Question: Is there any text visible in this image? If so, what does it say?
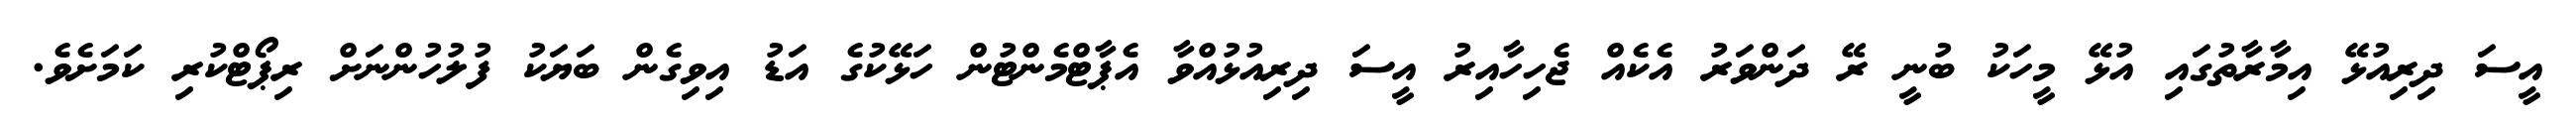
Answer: އީސަ ދިރިއުޅޭ އިމާރާތުގައި އުޅޭ މީހަކު ބުނީ ރޭ ދަންވަރު އެކެއް ޖެހިހާއިރު އީސަ ދިރިއުޅުއްވާ އެޕާޓްމެންޓުން ހަޅޭކުގެ އަޑު އިވިގެން ބަޔަކު ފުލުހުންނަށް ރިޕޯޓްކުރި ކަމަށެވެ.